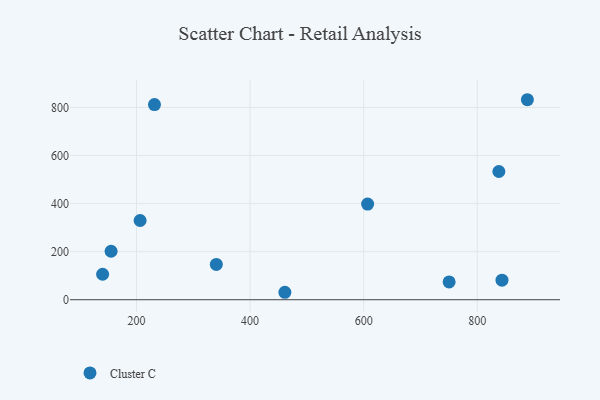
{"axis": {"x": "Ad Spend", "y": "Sales"}, "legend": ["Cluster C"], "data": [{"x": "888.2", "y": 832.2, "type": "Cluster C"}, {"x": "206.3", "y": 329.6, "type": "Cluster C"}, {"x": "606.9", "y": 398.0, "type": "Cluster C"}, {"x": "838.0", "y": 533.6, "type": "Cluster C"}, {"x": "843.5", "y": 81.5, "type": "Cluster C"}, {"x": "340.5", "y": 146.8, "type": "Cluster C"}, {"x": "461.2", "y": 31.0, "type": "Cluster C"}, {"x": "155.2", "y": 201.7, "type": "Cluster C"}, {"x": "750.4", "y": 73.9, "type": "Cluster C"}, {"x": "231.6", "y": 812.2, "type": "Cluster C"}, {"x": "140.3", "y": 105.9, "type": "Cluster C"}]}